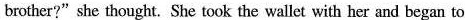
brother?" she thought. She took the wallet with her and began to